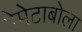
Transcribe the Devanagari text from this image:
ऐमेटाबोला